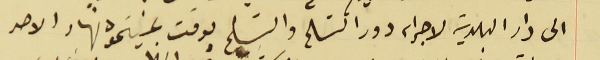
الى دار البلدية لاجراء دور التسَلم والتسَليم بوقت عينتموه نهار الاحد